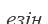
езін